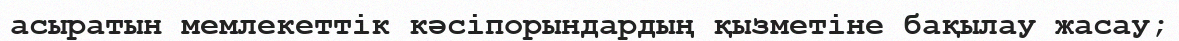
асыратын мемлекеттік кәсіпорындардың қызметіне бақылау жасау;